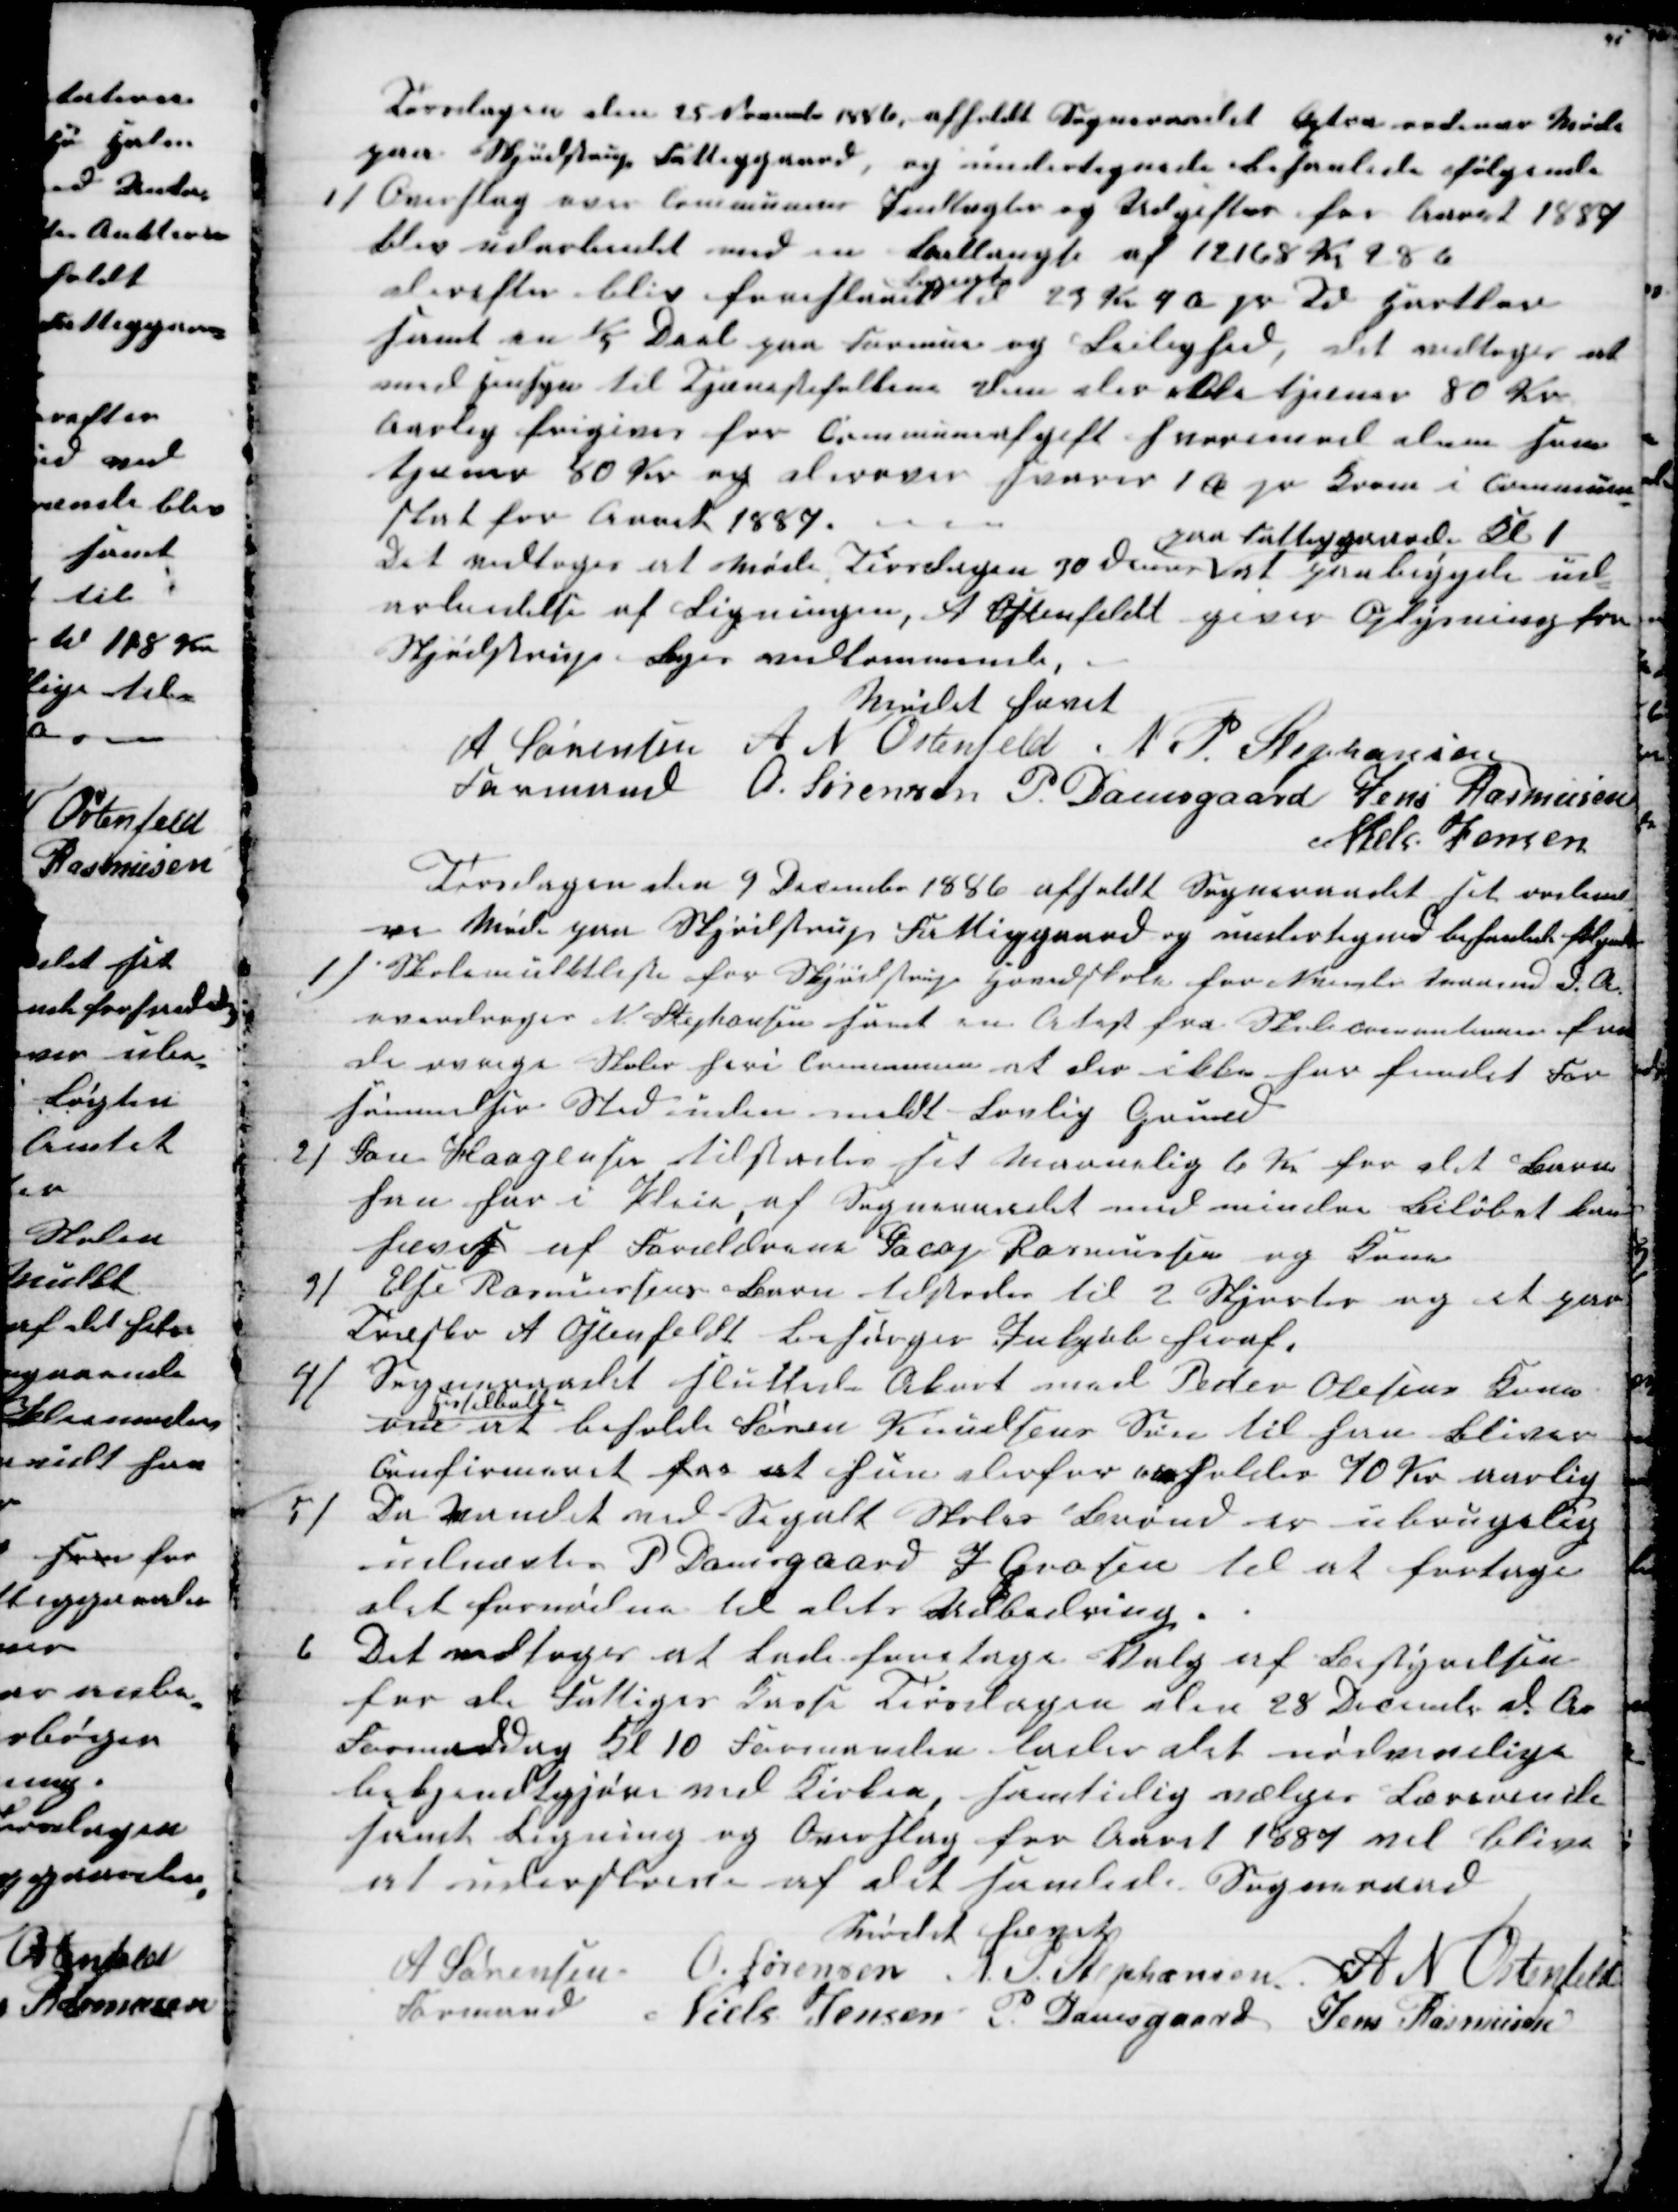
Transskription:
Torsdagen den 25 November 1886 afholdt Sogneraadet extra ordinær Møde
paa Skjødstrup Fattiggaard, og undertegnede behanlede følgende
1)
Overslag over kommunens Indtægter og Udgifter for Aaret 1887
blev udarbeidet med en Ballangse af 12168 Kr 28 Ø
derefter blev foreslaaet 
lignet
til 23 Kr 4 Ø pr Td Hartkorn
samt en 1/5 Deel paa Formue og Leilighed, det vedtoges at
med Hensyn til Tjænestefolkene dem der ikke tjener 80 Kr
aarlig frigives for Communeafgift hvorimod dem som
tjener 80 Kr og derover svarer 1 Ø pr Krone i Commune-
skat for Aaret 1887.
Det vedtoges at møde Tirsdagen 30 dennes 
paa Fattiggaarden Kl 1
at paabegyde ud-
arbeidelse af Ligningen, A Ostenfeldt giver Oplysning for
Skjødstrup Byes vedkommende,
Mødet hævet
A Sørensen 
Formand
A N Ostenfeld N P. Stephansen
O. Sørensen P. Damsgaard Jens Rasmusen
Niels Jensen
Torsdagen den 9 December 1886 afholdt Sogneraadet sit ordinæ-
re Møde paa Skjødstrup Fattiggaard og undertegnede behanlede følgende
1) Skolemulktlisten for Skjødstrup Hovedskole for November Maaned d. A.
overdroges N. Stephansen samt en Atest fra Skolecommitionen for
de øvrige Skoler heri Communen at der ikke har fundet For-
sømmelser Sted uden meldt Lovlig Grund
2)
Jon Haagensen tilstodes sit Maanelig 6 Kr for det Barn
han har i Pleie, af Sogneraadet med mindre Beløbet kan
hæves af Forældrene Jacop Rasmussen og Kone
3)
Else Rasmussens Barn tilstodes til 2 Skjorter og et par
Træsko A Ostenfeldt Besørger Indkjøb heraf.
4)
Sogneraadet sluttede Akort med Peder Olesens Kone
Hesselballe
om at beholde Søren Knudsens Søn til han bliver
Confirmeret for at hun derfor erholder 70 Kr aarlig
5)
Da Vandet ved Segalt Skoles Brønd er ubrugelig
udnævtes P Damsgaard J Grosen til at fortage
det fornødne til dets Udbedring.
6
Det vedtoges at Lade foretage Valg af Bestyrelsen
for de Fattiges Kasse Tirsdagen den 28 December d. A.
Formiddag Kl 10 Formanden lader det nødvendige
bekjendtgjøre ved Kirken, samtidig vælges Lærerinde
samt Ligning og Overslag for Aaret 1887 vil blive
at underskrive af det samlede Sogneraad
Mødet hævet
A Sørensen 
Formand
O. Sørensen N P Stephansen A N Ostenfeld
Niels Jensen P. Damsgaard Jens Rasmusen